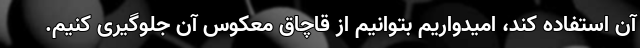
آن استفاده کند، امیدواریم بتوانیم از قاچاق معکوس آن جلوگیری کنیم.